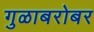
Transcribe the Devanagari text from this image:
गुळाबरोबर